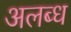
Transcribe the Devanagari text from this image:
अलब्ध